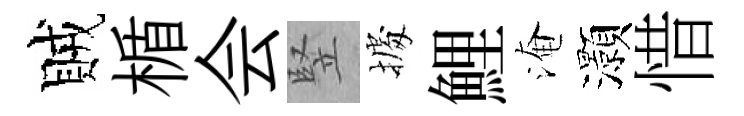
賊楯会竪𢴃鯉淹灝惜